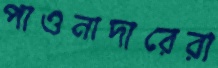
পাওনাদারেরা